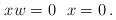
LaTeX: \begin{align*}xw=0\ \ x=0\,.\end{align*}